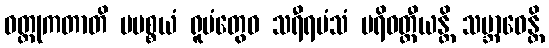
ဝတ္ထုကတာတိ မပစ္စယံ ရူပံတွေဝ သရီရမံသံ ပရိဝတ္တီယန္တိ သမ္ဘာဝေန္တိ